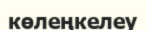
көлеңкелеу